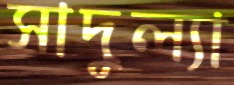
সাদুল্যা